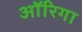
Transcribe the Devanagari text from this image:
ऑरिगा